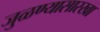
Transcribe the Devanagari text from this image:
जुळण्यासारखा